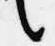
言